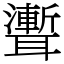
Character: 聻